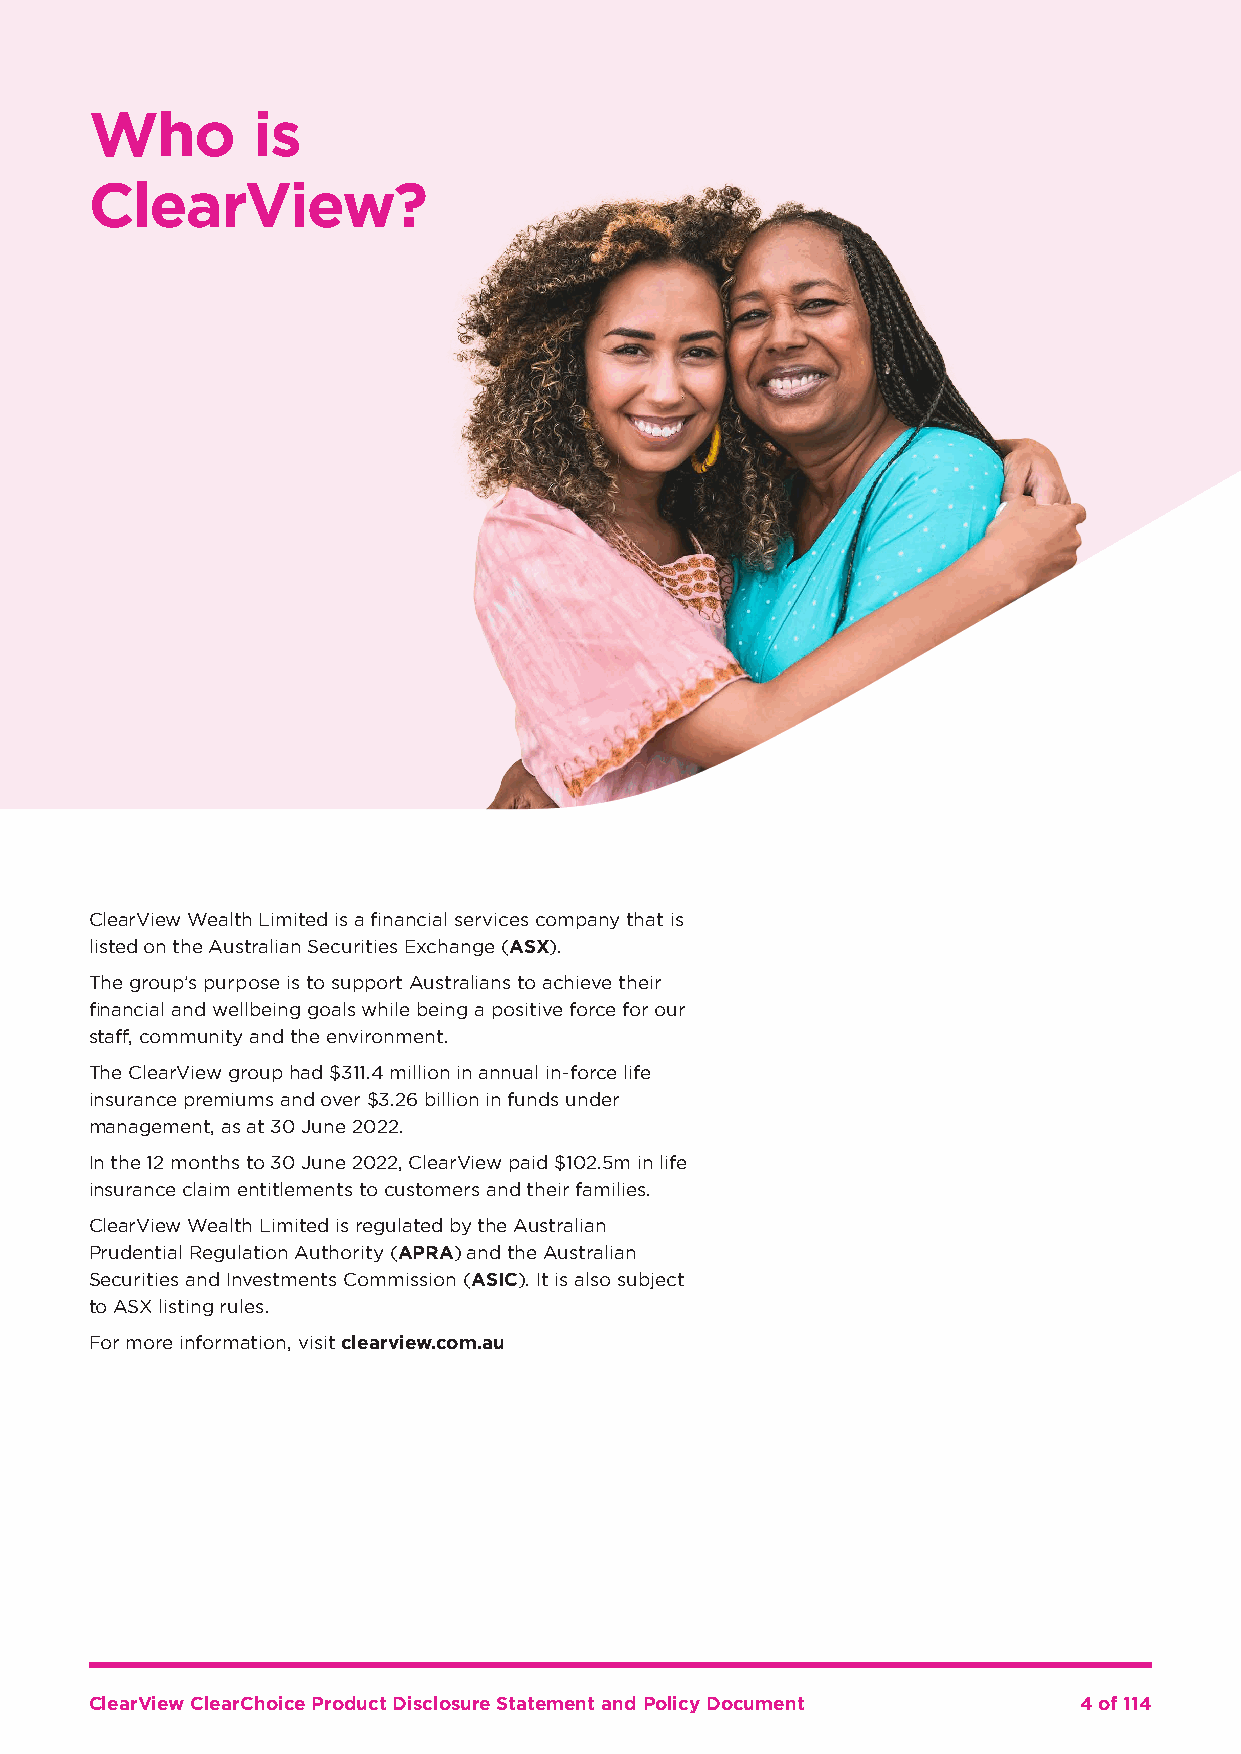
Who        is
 ClearView?
 ClearView Wealth Limited is a financial services company that is
 listed on the Australian Securities Exchange (ASX).
 The group’s purpose is to support Australians to achieve their
 financial and wellbeing goals while being a positive force for our
 staff, community and the environment.
 The ClearView group had $311.4 million in annual in-force life
 insurance premiums and over $3.26 billion in funds under
 management, as at 30 June 2022.
 In the 12 months to 30 June 2022, ClearView paid $102.5m in life
 insurance claim entitlements to customers and their families.
 ClearView Wealth Limited is regulated by the Australian
 Prudential Regulation Authority (APRA) and the Australian
 Securities and Investments Commission (ASIC). It is also subject
 to ASX listing rules.
 For more information, visit clearview.com.au
 ClearView ClearChoice Product Disclosure Statement and Policy Document 4 of 114